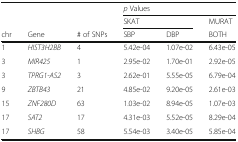
<table><thead><tr><td rowspan="2" colspan="3"></td><td colspan="3"><b><i>p</i> Values</b></td></tr><tr><td colspan="2"><b>SKAT</b></td><td><b>MURAT</b></td></tr><tr><td><b>chr</b></td><td><b>Gene</b></td><td><b># of SNPs</b></td><td><b>SBP</b></td><td><b>DBP</b></td><td><b>BOTH</b></td></tr></thead><tbody><tr><td>1</td><td><i>HIST3H2BB</i></td><td>4</td><td>5.42e-04</td><td>1.07e-02</td><td>6.43e-05</td></tr><tr><td>3</td><td><i>MIR425</i></td><td>1</td><td>2.95e-02</td><td>1.70e-01</td><td>2.92e-05</td></tr><tr><td>3</td><td><i>TPRG1-AS2</i></td><td>3</td><td>2.62e-01</td><td>5.55e-05</td><td>6.79e-04</td></tr><tr><td>9</td><td><i>ZBTB43</i></td><td>21</td><td>4.85e-02</td><td>9.20e-05</td><td>2.61e-03</td></tr><tr><td>15</td><td><i>ZNF280D</i></td><td>63</td><td>1.03e-02</td><td>8.94e-05</td><td>1.07e-03</td></tr><tr><td>17</td><td><i>SAT2</i></td><td>17</td><td>4.31e-03</td><td>5.52e-05</td><td>8.29e-04</td></tr><tr><td>17</td><td><i>SHBG</i></td><td>58</td><td>5.54e-03</td><td>3.40e-05</td><td>5.85e-04</td></tr></tbody></table>